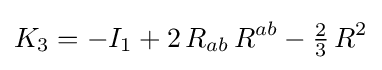
K_{3}=-I_{1}+2\,R_{ab}\,R^{ab}-{\tfrac {2}{3}}\,R^{2}